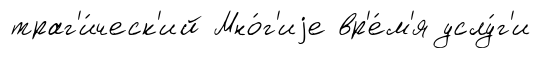
траг'и́ческ'ий Мно́г'иjе вр'е́м'я услу́г'и